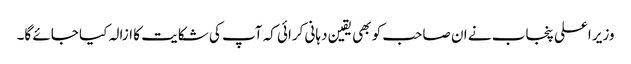
وزیر اعلی پنجاب نے ان صاحب کو بھی یقین دہانی کرائی کہ آپ کی شکایت کا ازالہ کیا جائے گا۔